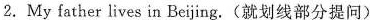
2.My father lives \underline{in Beijing}.(就划线部分提问)